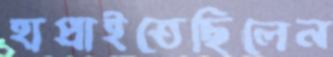
হাপ্‌রাইতেছিলেন